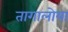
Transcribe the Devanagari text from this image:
तागालोया